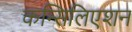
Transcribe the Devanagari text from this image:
कन्सिलिएशन